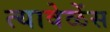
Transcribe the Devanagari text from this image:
त्यावेळेंस